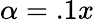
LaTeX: \alpha=.1x